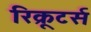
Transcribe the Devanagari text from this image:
रिक्रूटर्स